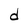
Character: d